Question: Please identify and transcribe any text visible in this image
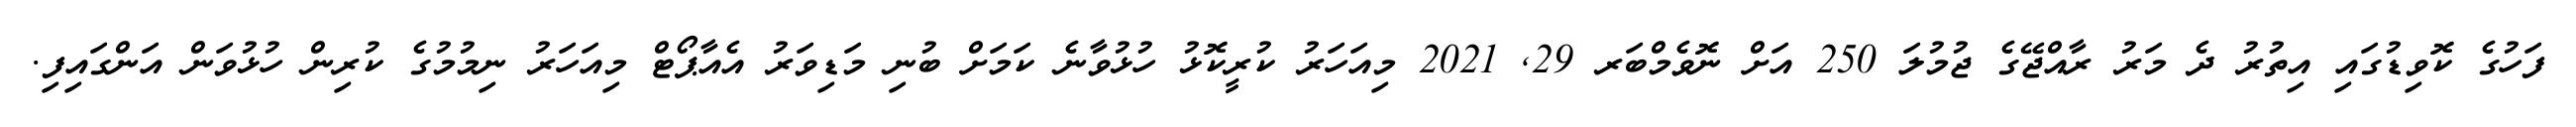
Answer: ފަހުގެ ކޮވިޑުގައި އިތުރު ދެ މަރު ރާއްޖޭގެ ޖުމުލަ 250 އަށް ނޮވެމްބަރ 29, 2021 މިއަހަރު ކުރީކޮޅު ހުޅުވާނެ ކަމަށް ބުނި މަޑިވަރު އެއާޕޯޓް މިއަހަރު ނިމުމުގެ ކުރިން ހުޅުވަން އަންގައިފި.